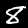
Label: 8